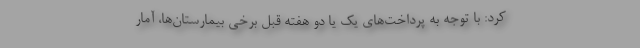
کرد: با توجه به پرداخت‌های یک یا دو هفته قبل برخی بیمارستان‌ها، آمار